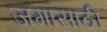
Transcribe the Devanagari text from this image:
जगासाठी